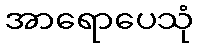
အာရောပေသုံ